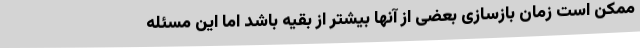
ممکن است زمان بازسازی بعضی از آنها بیشتر از بقیه باشد اما این مسئله